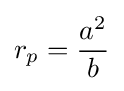
r_{p}={\frac {a^{2}}{b}}